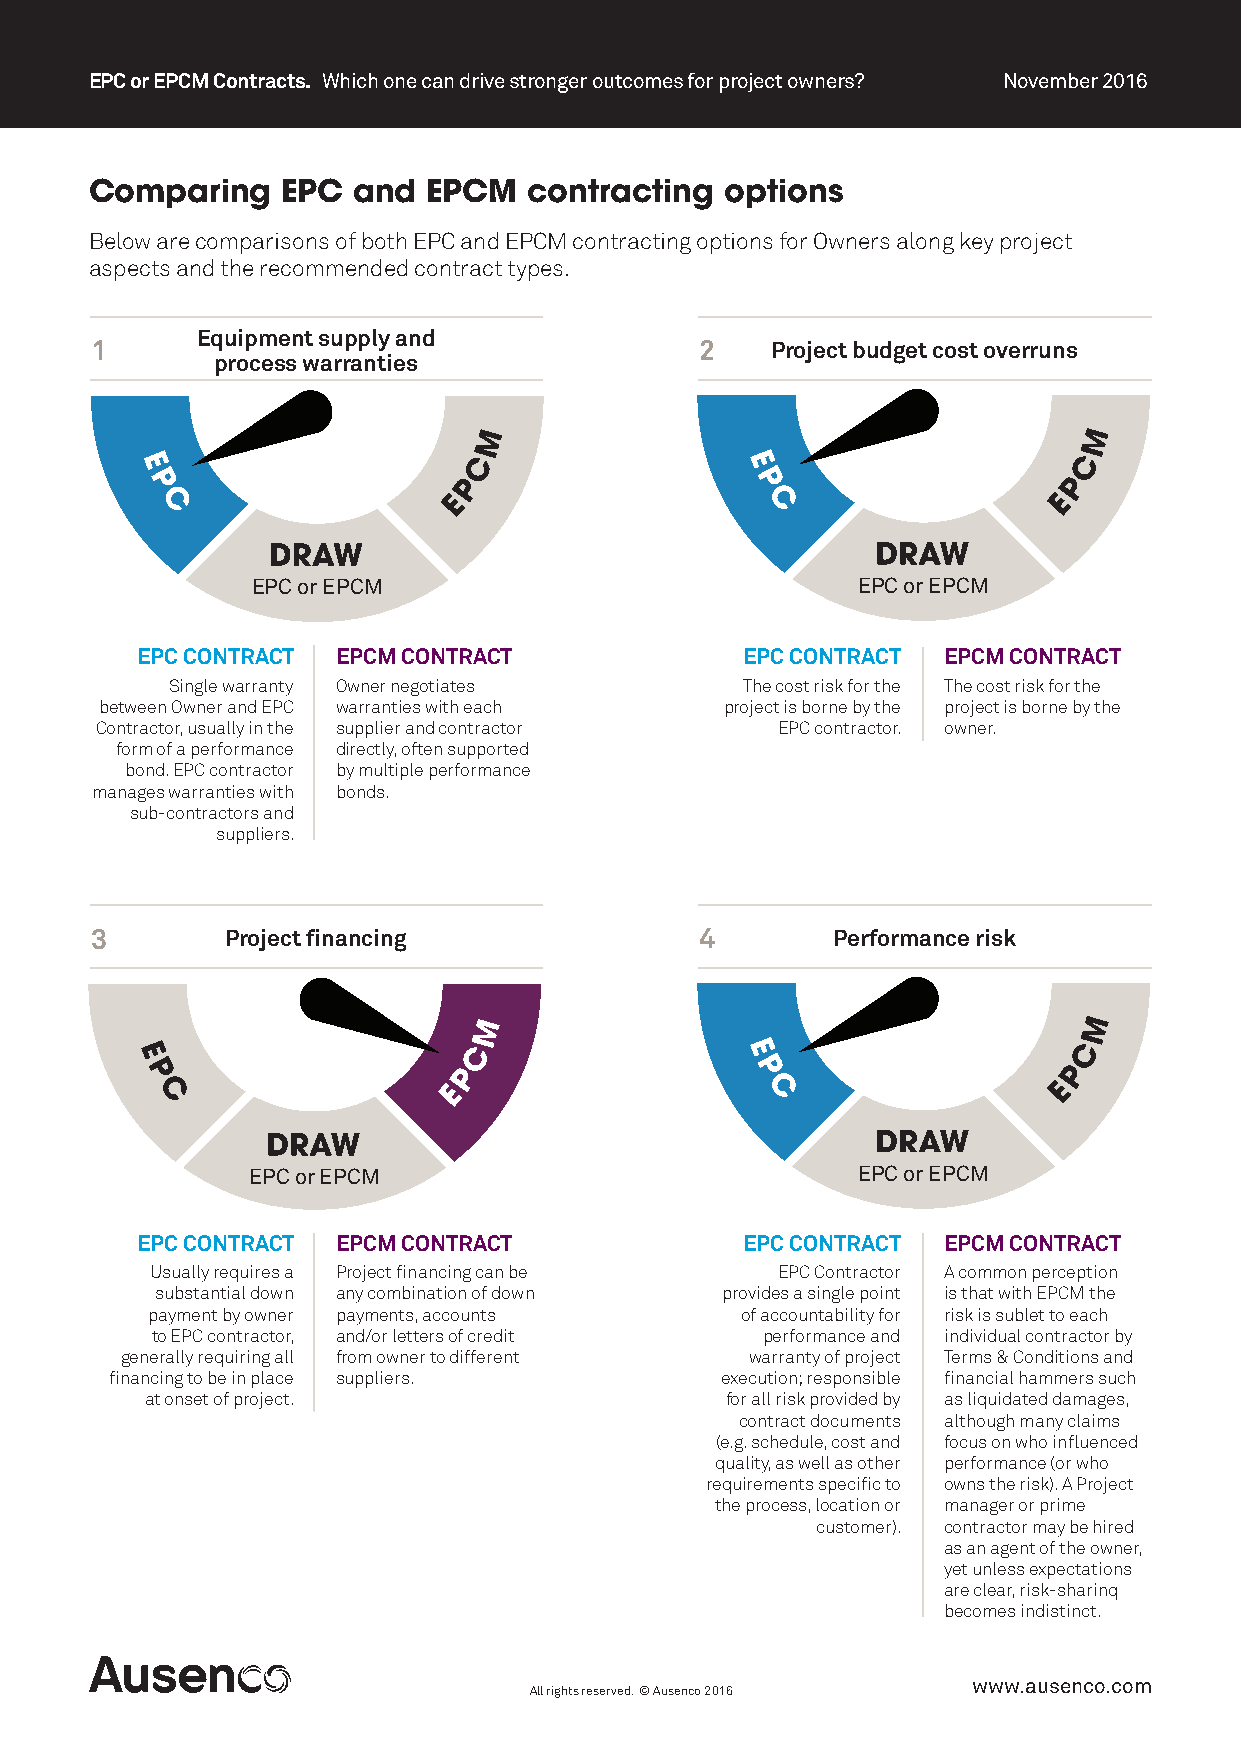
EPC or EPCM Contracts. Which one can drive stronger outcomes for project owners? November 2016
 Comparing    EPC and  EPCM   contracting  options
 Below are comparisons of both EPC and EPCM contracting options for Owners along key project
 aspects and the recommended contract types.
 Equipment supply and
 1                                       2    Project budget cost overruns
 process warranties
 EPC or EPCM                             EPC or EPCM
 EPC CONTRACT EPCM CONTRACT              EPC CONTRACT EPCM CONTRACT
 Single warranty Owner negotiates      The cost risk for the The cost risk for the
 between Owner and EPC warranties with each project is borne by the project is borne by the
 Contractor, usually in the supplier and contractor EPC contractor. owner.
 form of a performance directly, often supported
 bond. EPC contractor by multiple performance
 manages warranties with bonds.
 sub-contractors and
 suppliers.
 3        Project financing              4        Performance risk
 EPC or EPCM                              EPC or EPCM
 EPC CONTRACT EPCM CONTRACT              EPC CONTRACT EPCM CONTRACT
 Usually requires a Project financing can be EPC Contractor A common perception
 substantial down any combination of down provides a single point is that with EPCM the
 payment by owner payments, accounts    of accountability for risk is sublet to each
 to EPC contractor, and/or letters of credit performance and individual contractor by
 generally requiring all from owner to different warranty of project Terms & Conditions and
 financing to be in place suppliers.      execution; responsible financial hammers such
 at onset of project.                  for all risk provided by as liquidated damages,
 contract documents although many claims
 (e.g. schedule, cost and focus on who influenced
 quality, as well as other performance (or who
 requirements specific to owns the risk). A Project
 the process, location or manager or prime
 customer). contractor may be hired
 as an agent of the owner,
 yet unless expectations
 are clear, risk-sharinq
 becomes indistinct.
 www.ausenco.com
 All rights reserved. © Ausenco 2016